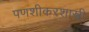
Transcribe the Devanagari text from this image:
पणशीकरशास्त्री